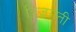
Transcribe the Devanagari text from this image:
त्रिजगती